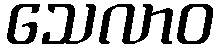
သေလာဝ